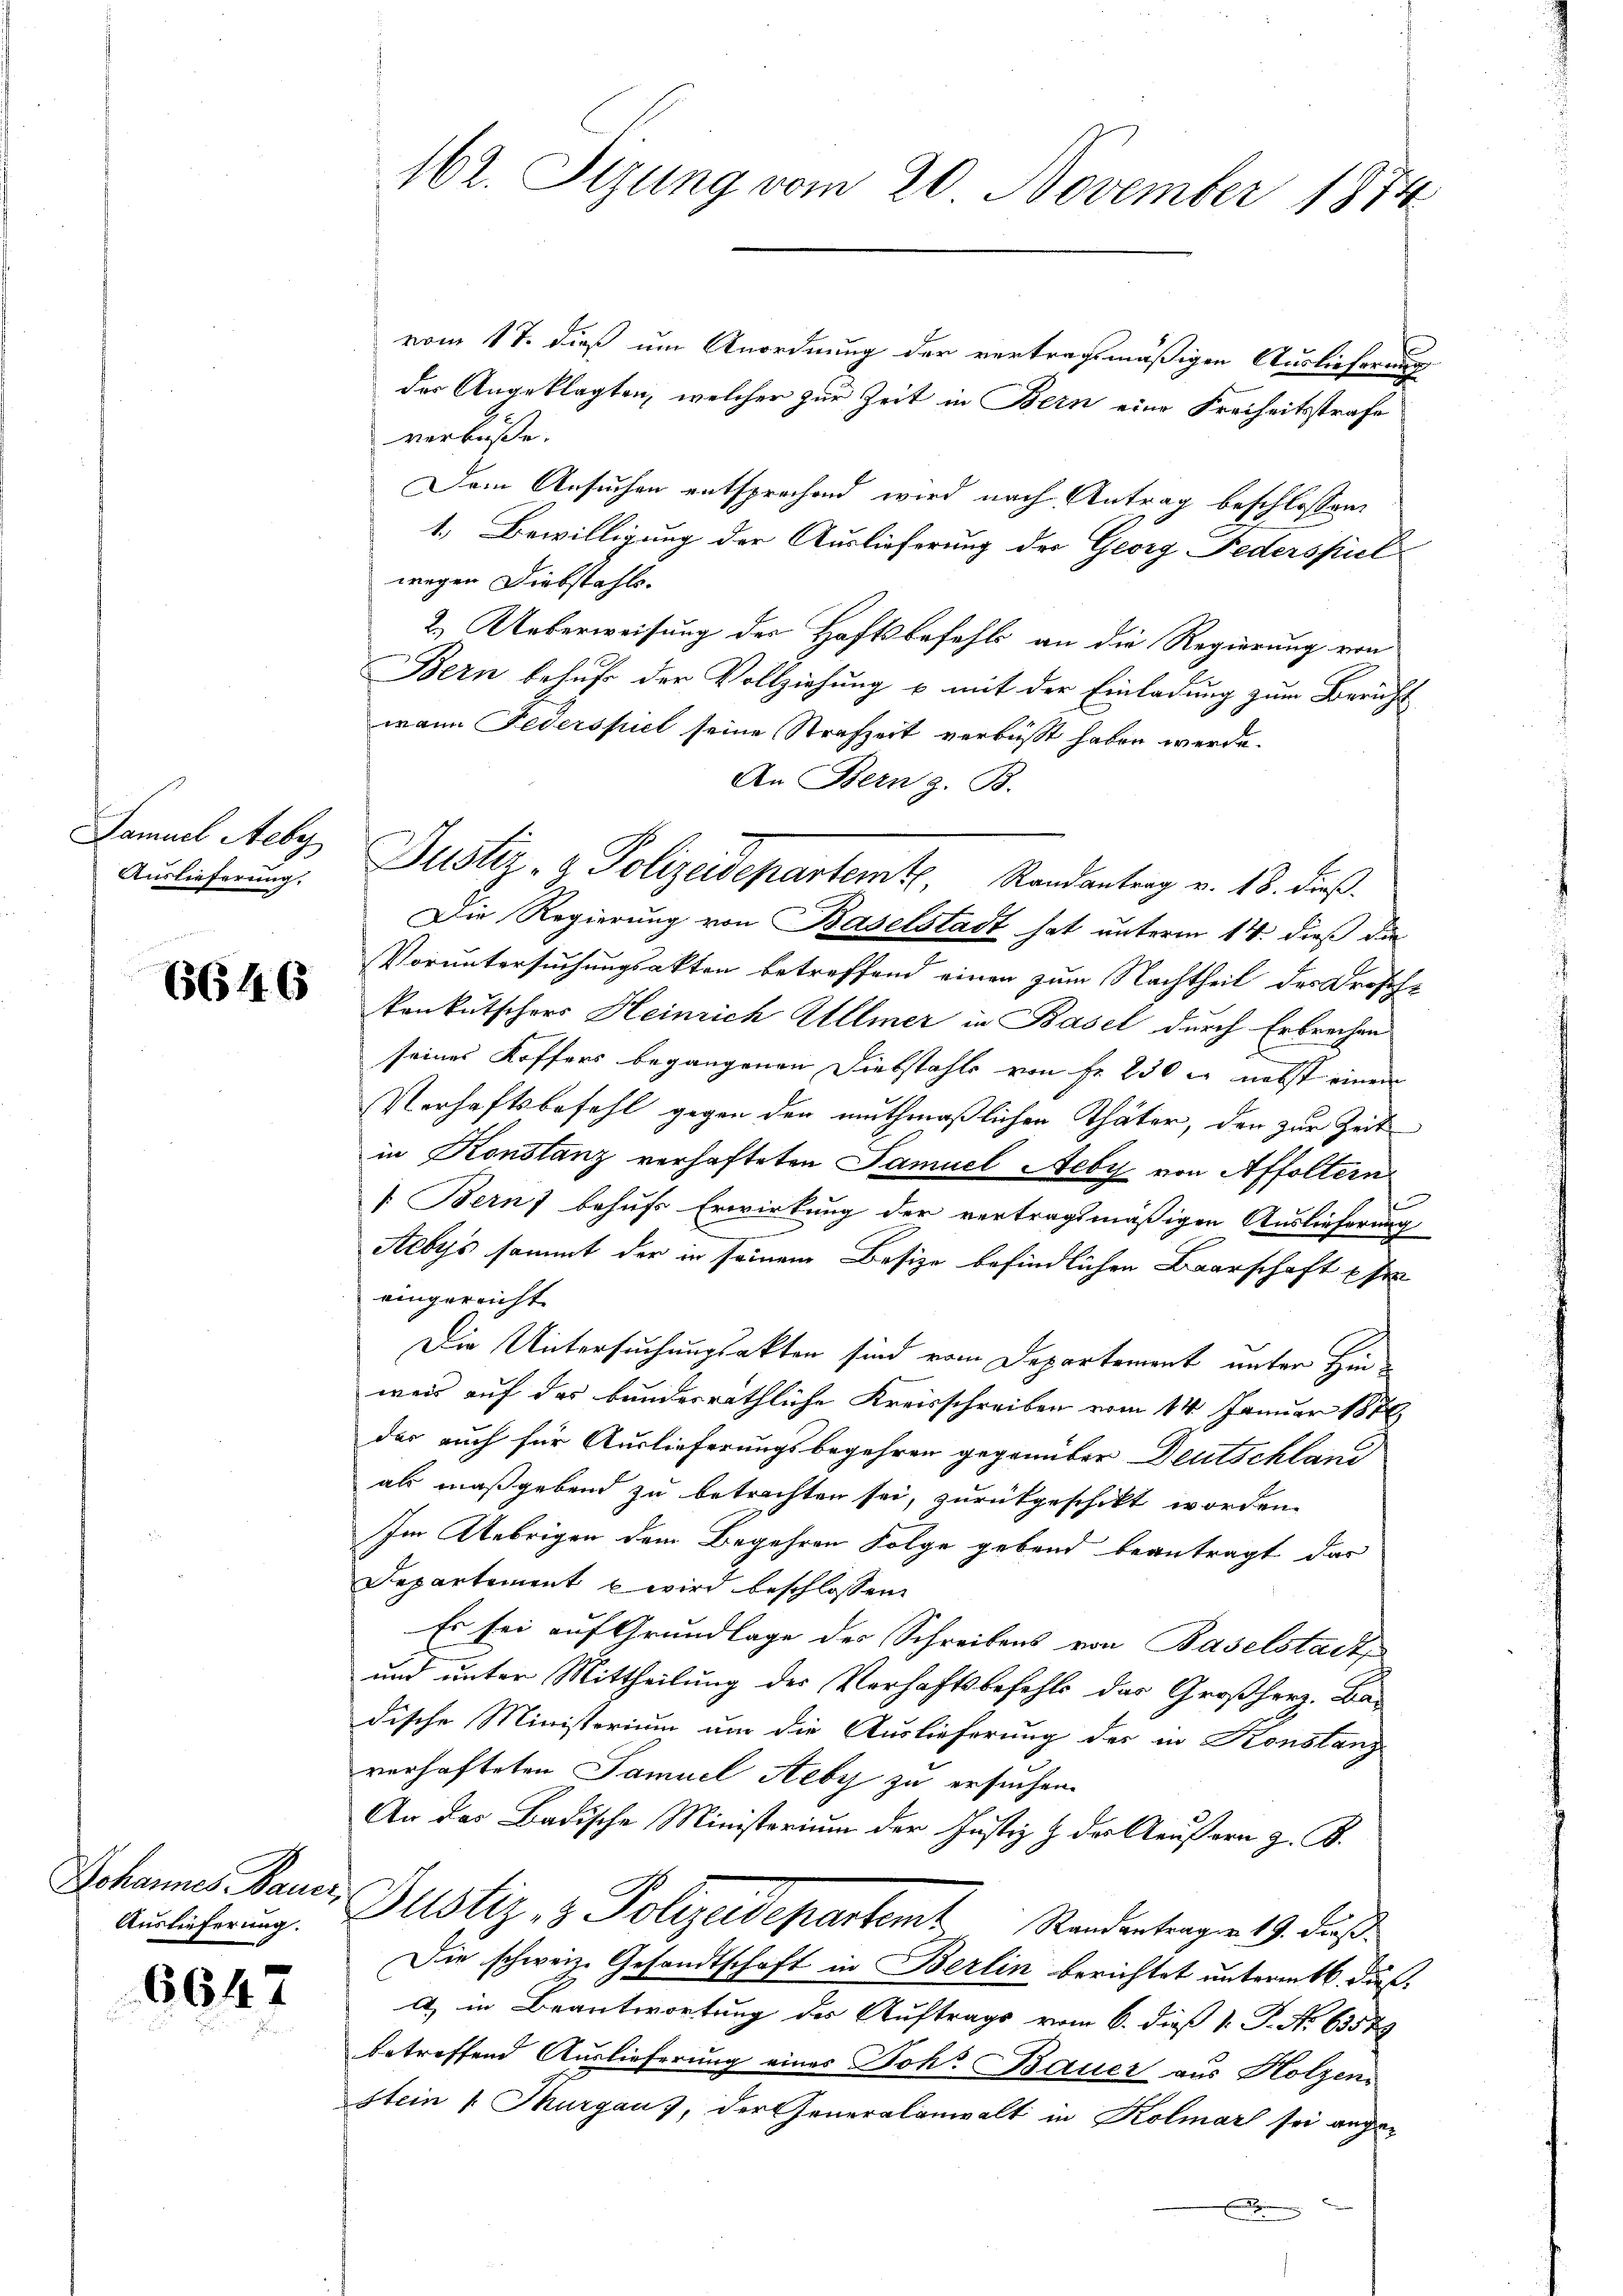
Famuel Aeby
Auslieferung.

6646

Auslieferung.

6647

162. Sizung vom 20. November 1874

vom 17. dieß um Anordnung der vertragsmäßigen Auslieferung
der Angeklagten, welcher zur Zeit in Bern eine Freiheitsstrafe
verbüße.
Dem Ansuchen entsprechend wird nach Antrag beschlossen:
1. Bewilligung der Auslieferung der Georg Federspiel
wegen Diebstahls.
2.) Ueberweisung der Haftsbefehls an die Regierung von
Bern behufe der Vollziehung u mit der Einladung zum Beruht
wann Federspiel seine Strafzeit verbüßt haben werde.
An Bern z. B.
Justiz- & Polizeidepartemte, Randantrag v. 18. dieß.
Die Regierung von Baselstadt hat unterm 14. dieß die
Voruntersuchungsakten betreffend einen zum Nachtheil des Drosche
konkutschers Heinrich Allmer in Basel durch Erbrechen
seines Koffers begangenen Diebstahls von Fr. 230 u. nebst einem
Verhaftsbefehl gegen den muthmaßlichen Thäter, den zur Zeitin Konstanz verhafteten Samuel Aeby von Affoltern
s
1. Bern behufs Erwirkung der vertragsmäßigen Auslieferung
Acbys sammt der in seinem Besize befindlichen Baarschaft se
eingereicht
Die Untersuchungsakten sind vom Departement unter Hinweis auf das bundesräthliche Kreisschreiben vom 14. Januar 1878
der auch für Auslieferungsbegehren gegenüber Deutschland
als maßgebend zu betrachten sei, zurückgeschikt worden.
Im Uebrigen dem Begehren Folge gebend beantragt das
Departement wird beschlossen:
Es sei auf Grundlage des Schreibens von Baselstadt
und unter Mittheilung der Verhaftsbefehls der Großherz. Bas
dische Ministerium um die Auslieferung des in Konstanz
verhafteten Samuel Steby zu ersuchen.
An des Badische Ministerium der Justiz & der Aeußern z. B.
Johannes Bann Justiz & Polizeidepartemt Randentragen 19. dieß
Die schweiz. Gesandtschaft in Berlin berichtet unterm 16. daß
a) in Beantwortung des Auftrags vom 6. dieß 1. P. Nr. 63579
betreffend Auslieferung eines Joh. Bauer aus Holzen
stein 1 Murgaus, der Generalanwalt in Kolmar sei ange¬
.